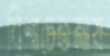
বিশ্বচেতনায়